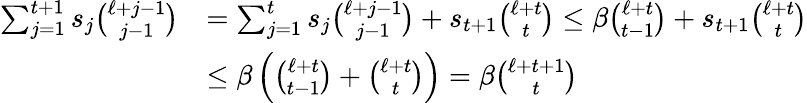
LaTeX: \begin{array}{rl}{\sum_{j=1}^{t+1}s_{j}\binom{\ell+j-1}{j-1}}&{=\sum_{j=1}^{t}s_{j}\binom{\ell+j-1}{j-1}+s_{t+1}\binom{\ell+t}{t}\le\beta\binom{\ell+t}{t-1}+s_{t+1}\binom{\ell+t}{t}}\\ &{\le\beta\left(\binom{\ell+t}{t-1}+\binom{\ell+t}{t}\right)=\beta\binom{\ell+t+1}{t}}\end{array}